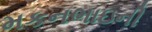
મકનભાઇની